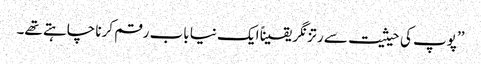
’’پوپ کی حیثیت سے رتزنگر یقیناً ایک نیا باب رقم کرنا چاہتے تھے۔